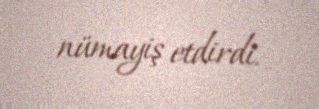
nümayiş etdirdi.